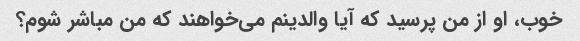
خوب، او از من پرسید که آیا والدینم می‌خواهند که من مباشر شوم؟